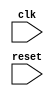
module edge_trigger(
    input wire clk,
    input wire reset
);

reg triggering;

always @(posedge clk or negedge reset) begin
    if (!reset) begin
        triggering <= 0;
    end else begin
        triggering <= 1;
    end
end

endmodule